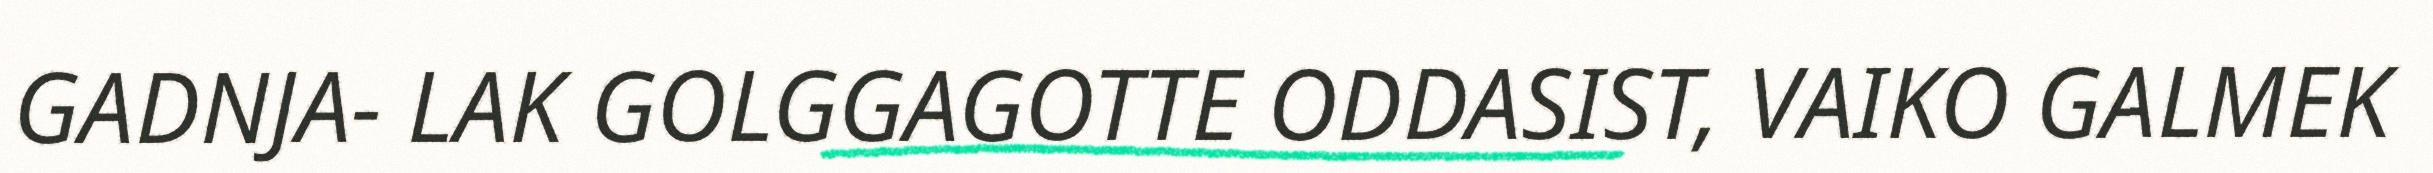
GADNJA- LAK GOLGGAGOTTE ODDASIST, VAIKO GALMEK